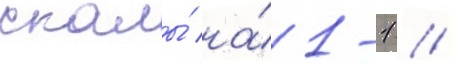
скалы́ на́ 1-1 /